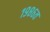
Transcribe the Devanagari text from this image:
१९८६त